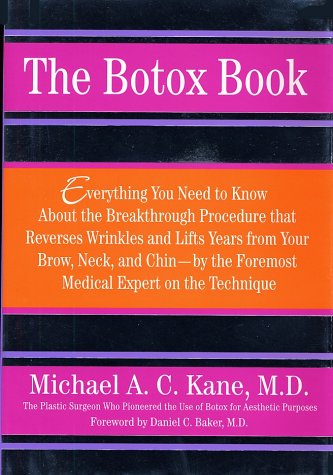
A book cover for The Botox Book; Michael Kane; Health, Fitness & Dieting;